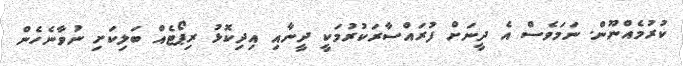
ކުރުމެއްނޫން. ނަމަވެސް އެ ދީނަށް ފުރައްސާރަކުރުމަކީ ދީނާއި އިދިކޮޅު ރިޕޯޓެއް ބަލިކަށި ނުވާނެހެން